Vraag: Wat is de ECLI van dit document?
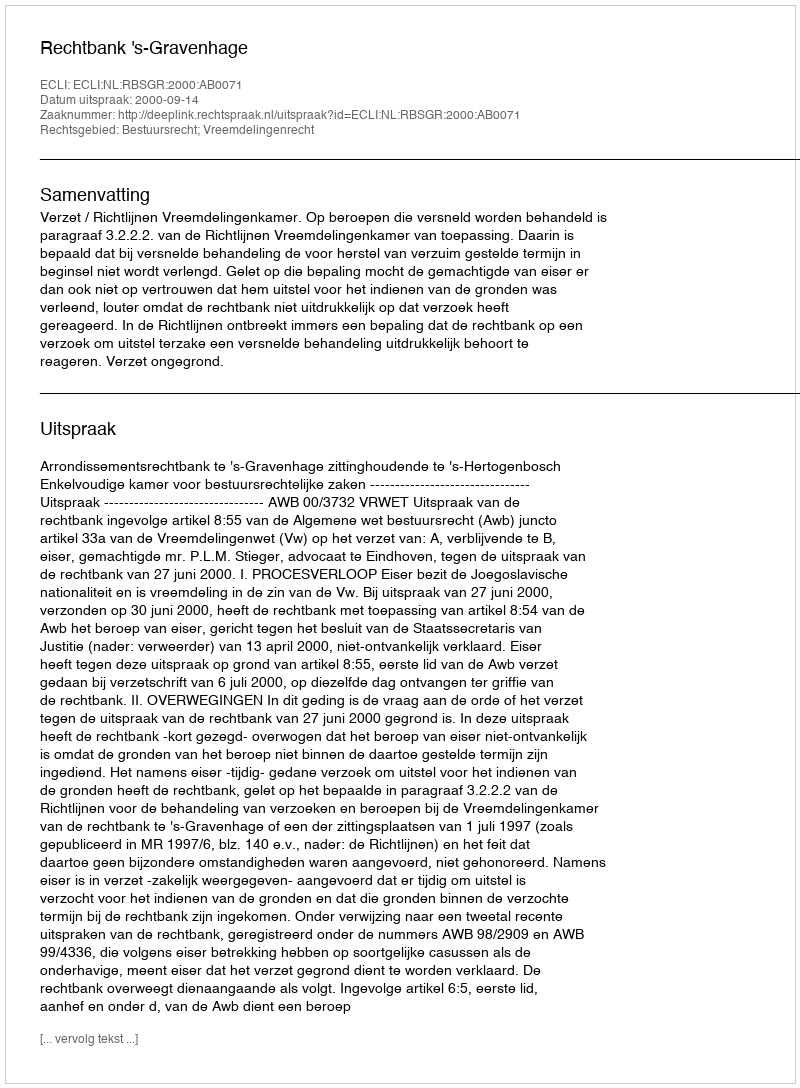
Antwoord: ECLI:NL:RBSGR:2000:AB0071